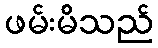
ဖမ်းမိသည်